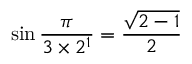
\sin { \frac { \pi } { 3 \times 2 ^ { 1 } } } = { \frac { \sqrt { 2 - 1 } } { 2 } }